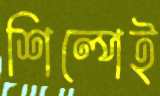
শিল্পেই